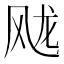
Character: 𲋐